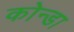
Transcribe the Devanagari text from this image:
कोन्डा